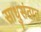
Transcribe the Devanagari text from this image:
साधुसंतात